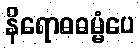
နိရောဓဓမ္မံပေ